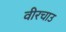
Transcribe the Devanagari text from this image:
वीरचाउ